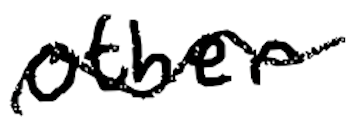
Text: other
Cross-out: wave
Writing tool: digital_black